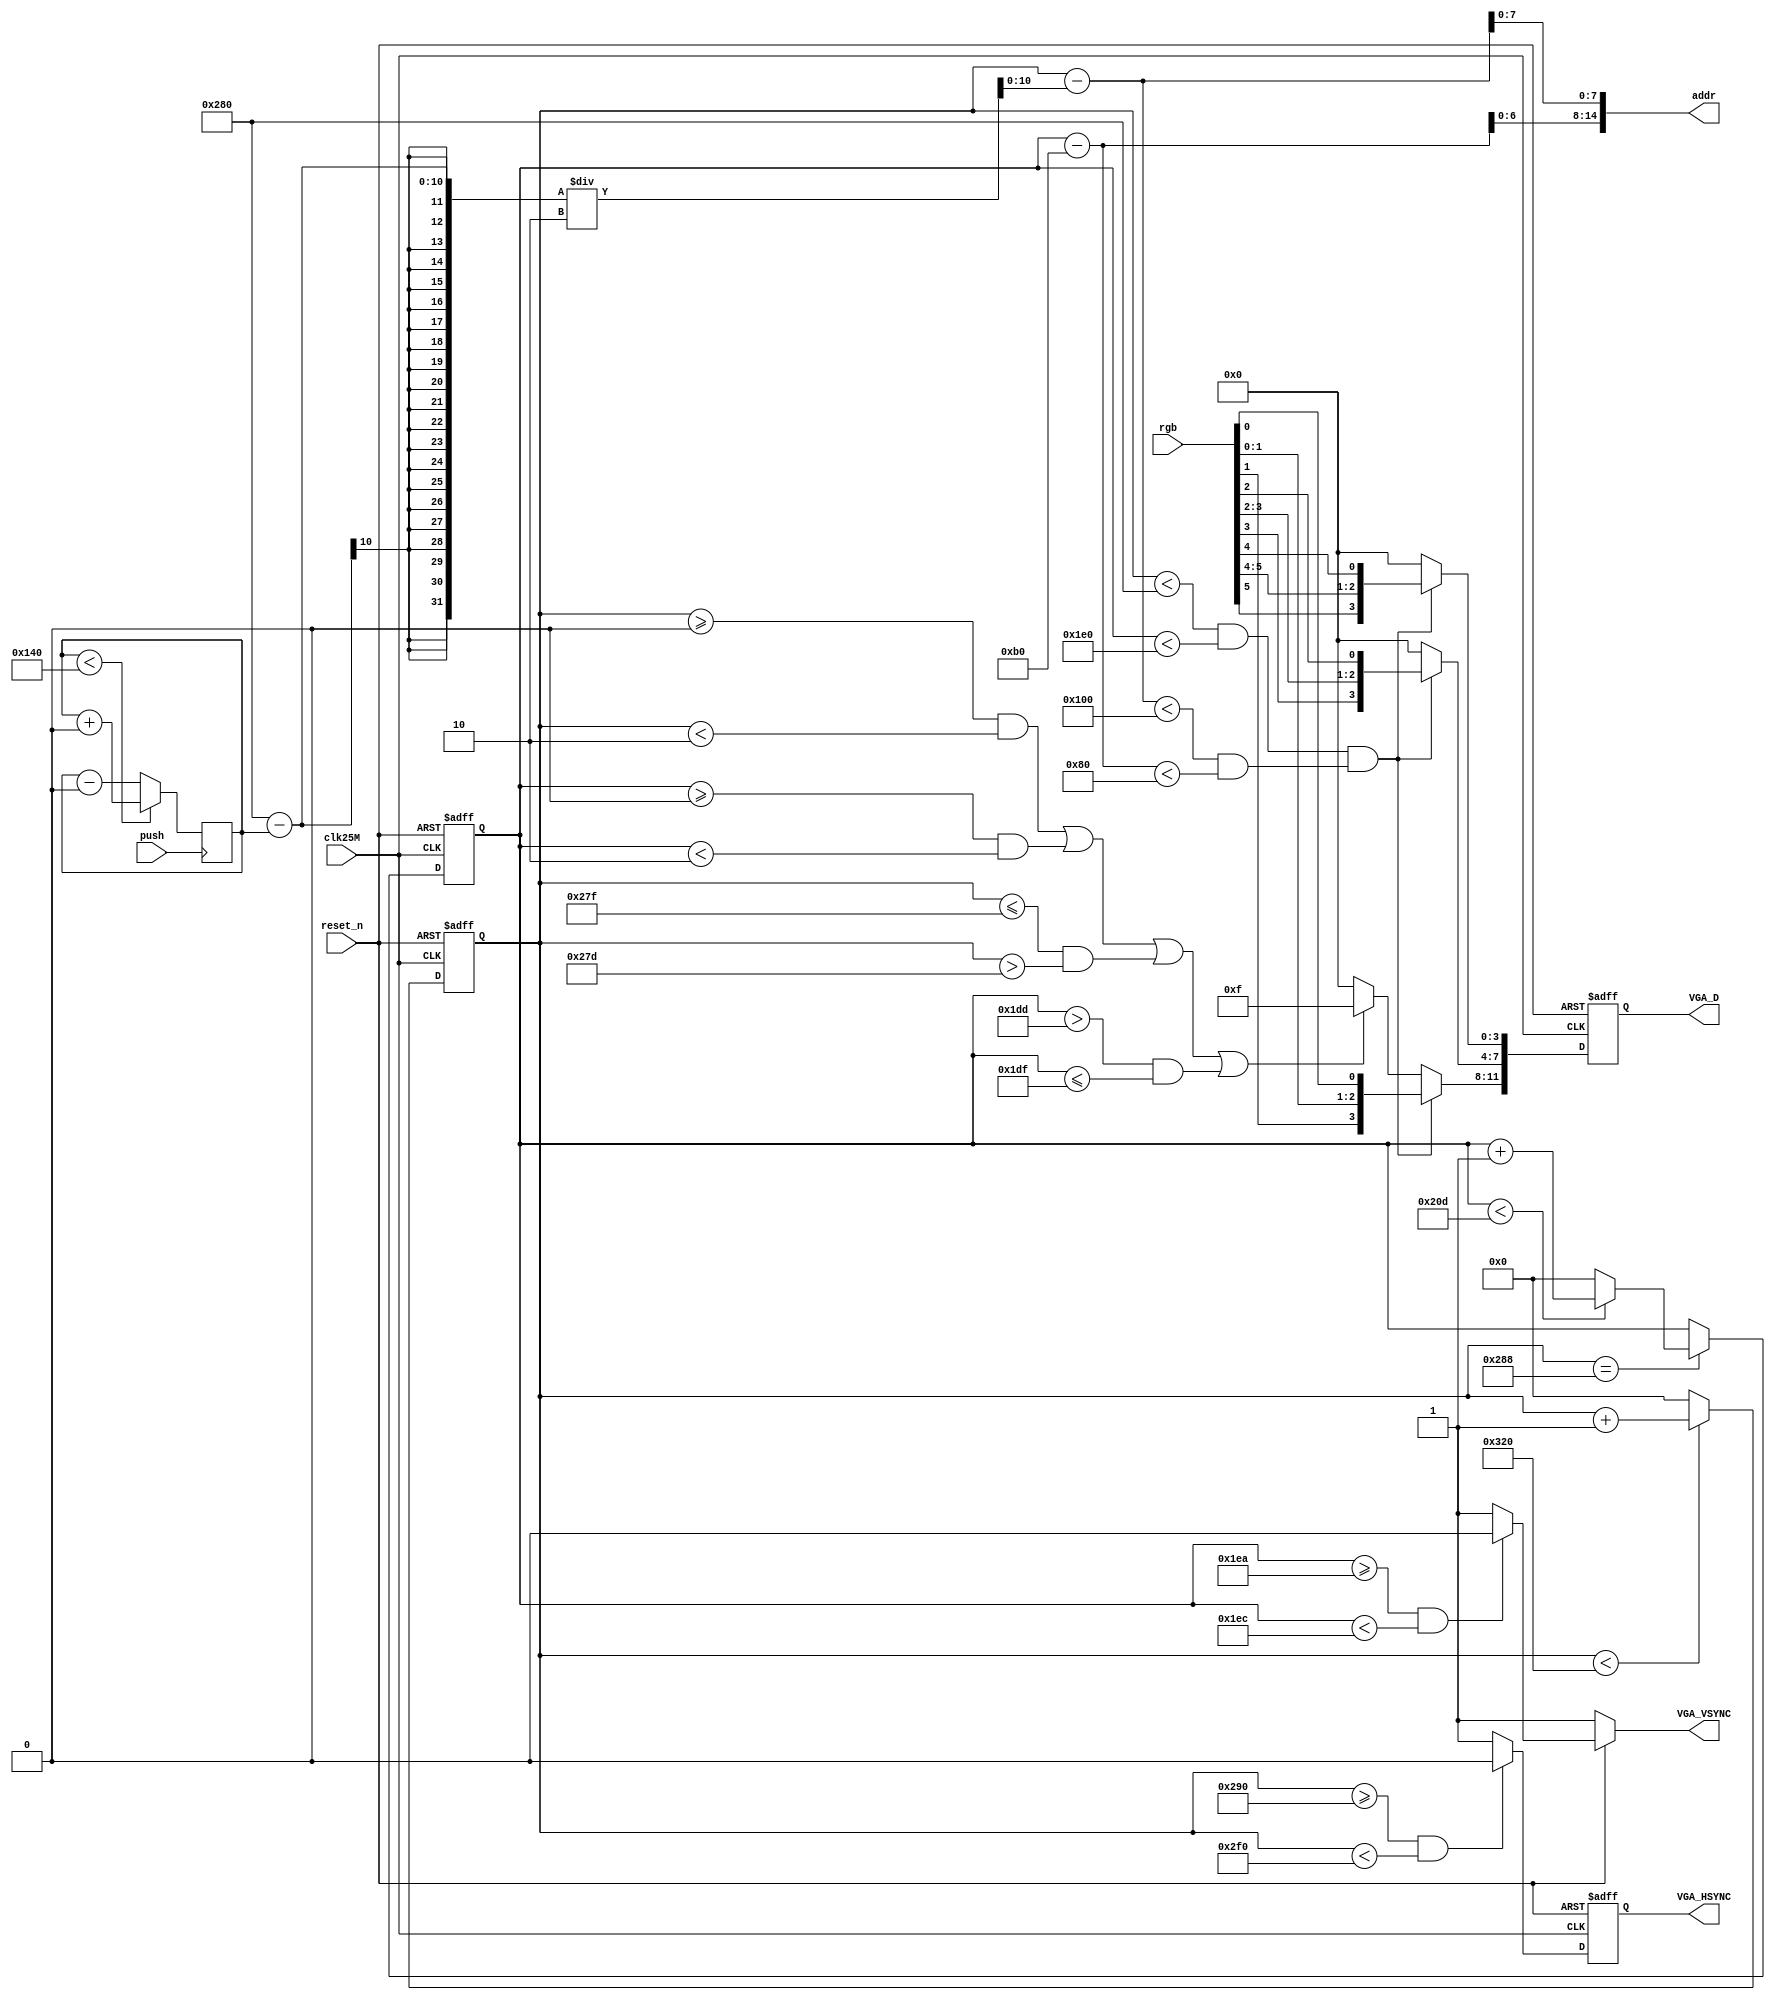
module VGA_Display
(
	input clk25M,
	input reset_n,
	input [5:0] rgb,
	input push,
	
	output VGA_HSYNC,//
	output VGA_VSYNC,//
	output [14:0] addr,
	
	output reg [11:0] VGA_D//RGB
);

reg [9:0] hcnt;
reg [9:0] vcnt;
reg count=128;
reg hs;
reg vs;

wire [10:0] x;
wire [10:0] y;
wire dis_en;

assign addr = {y[6:0], x[7:0]};
assign x = hcnt - (640-count)/2;//
assign y = vcnt - (480-128)/2;
assign VGA_VSYNC = vs;
assign VGA_HSYNC = hs;
assign dis_en = (x<256 && y<128);//		256*128



always@(negedge push)
begin
if(count<320)
count = count+4;
else
count = count-4;
end

always @(posedge clk25M or negedge reset_n)//,800
begin
	if(!reset_n)
		hcnt <= 1'b0;
	else
	begin
		if(hcnt < 800)
			hcnt <= hcnt + 1'b1;
		else
			hcnt <= 1'b0;
	end
end

always @(posedge clk25M or negedge reset_n)//,525
begin
	if(!reset_n)
		vcnt <= 1'b0;
	else
	begin
		if(hcnt == 10'd640 + 10'd8)
		begin
			if(vcnt < 10'd525)
				vcnt <= vcnt + 1'b1;
			else 
				vcnt <= 1'b0;
		end
	end
end

always @(posedge clk25M or negedge reset_n)//
begin
	if(!reset_n)
		hs <= 1'b1;
	else 
	begin
		if((hcnt >= 640+8+8) & (hcnt < 640+8+8+96))
			hs <= 1'b0;
		else 
			hs <= 1'b1;
	end
end

always @(vcnt or reset_n)//
begin
	if(!reset_n)
		vs <= 1'b1;
	else
	begin
		if((vcnt >= 480+8+2) && (vcnt < 480+8+2+2))
			vs <= 1'b0;
		else
			vs <= 1'b1;
	end
end

always @(posedge clk25M or negedge reset_n)//RGB
begin
	if(!reset_n)
		VGA_D <= 1'b0;
	else
	begin
		if(hcnt < 10'd640 && vcnt < 10'd480 && dis_en)//,
		begin
			VGA_D[11:8] <= {rgb[1],rgb[1],rgb[0],rgb[0]};
			VGA_D[ 7:4] <= {rgb[3],rgb[3],rgb[2],rgb[2]};
			VGA_D[ 3:0] <= {rgb[5],rgb[5],rgb[4],rgb[4]};
		end
		else
		begin 
			VGA_D <= 1'b0;
			if((hcnt>=0 && hcnt<2) || (vcnt>=0 && vcnt<2) || (hcnt<=639 && hcnt>637) || (vcnt>477 && vcnt<=479))//
				VGA_D <= 12'hf00;
		end
	end
end

endmodule